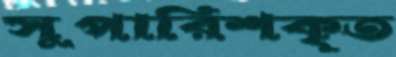
সুপারিশকৃত